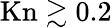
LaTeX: \mathrm{Kn}\gtrsim 0.2